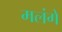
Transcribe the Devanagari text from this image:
मलंगे